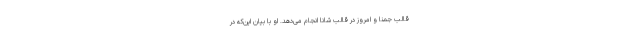
قالب جمنا و امروز در قالب شانا انجام می‌دهد. او با بیان این‌که در